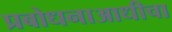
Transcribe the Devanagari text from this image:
प्रबोधनाआधीचा